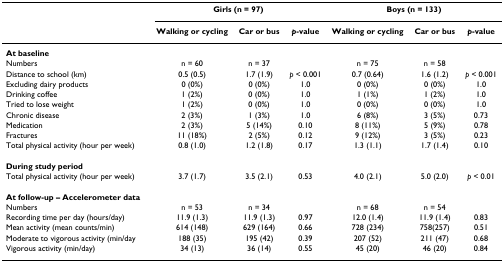
<table><thead><tr><td></td><td colspan="3"><b>Girls (n = 97)</b></td><td colspan="3"><b>Boys (n = 133)</b></td></tr><tr><td></td><td><b>Walking or cycling</b></td><td><b>Car or bus</b></td><td><b><i>p</i>-value</b></td><td><b>Walking or cycling</b></td><td><b>Car or bus</b></td><td><b><i>p</i>-value</b></td></tr></thead><tbody><tr><td><b>At baseline</b></td><td></td><td></td><td></td><td></td><td></td><td></td></tr><tr><td>Numbers</td><td>n = 60</td><td>n = 37</td><td></td><td>n = 75</td><td>n = 58</td><td></td></tr><tr><td>Distance to school (km)</td><td>0.5 (0.5)</td><td>1.7 (1.9)</td><td><i>p </i>&lt; 0.001</td><td>0.7 (0.64)</td><td>1.6 (1.2)</td><td><i>p </i>&lt; 0.001</td></tr><tr><td>Excluding dairy products</td><td>0 (0%)</td><td>0 (0%)</td><td>1.0</td><td>0 (0%)</td><td>0 (0%)</td><td>1.0</td></tr><tr><td>Drinking coffee</td><td>1 (2%)</td><td>0 (0%)</td><td>1.0</td><td>1 (1%)</td><td>1 (2%)</td><td>1.0</td></tr><tr><td>Tried to lose weight</td><td>1 (2%)</td><td>0 (0%)</td><td>1.0</td><td>0 (0%)</td><td>0 (0%)</td><td>1.0</td></tr><tr><td>Chronic disease</td><td>2 (3%)</td><td>1 (3%)</td><td>1.0</td><td>6 (8%)</td><td>3 (5%)</td><td>0.73</td></tr><tr><td>Medication</td><td>2 (3%)</td><td>5 (14%)</td><td>0.10</td><td>8 (11%)</td><td>5 (9%)</td><td>0.78</td></tr><tr><td>Fractures</td><td>11 (18%)</td><td>2 (5%)</td><td>0.12</td><td>9 (12%)</td><td>3 (5%)</td><td>0.23</td></tr><tr><td>Total physical activity (hour per week)</td><td>0.8 (1.0)</td><td>1.2 (1.8)</td><td>0.17</td><td>1.3 (1.1)</td><td>1.7 (1.4)</td><td>0.10</td></tr><tr><td><b>During study period</b></td><td></td><td></td><td></td><td></td><td></td><td></td></tr><tr><td>Total physical activity (hour per week)</td><td>3.7 (1.7)</td><td>3.5 (2.1)</td><td>0.53</td><td>4.0 (2.1)</td><td>5.0 (2.0)</td><td><i>p </i>&lt; 0.01</td></tr><tr><td><b>At follow-up – Accelerometer data</b></td><td></td><td></td><td></td><td></td><td></td><td></td></tr><tr><td>Numbers</td><td>n = 53</td><td>n = 34</td><td></td><td>n = 68</td><td>n = 54</td><td></td></tr><tr><td>Recording time per day (hours/day)</td><td>11.9 (1.3)</td><td>11.9 (1.3)</td><td>0.97</td><td>12.0 (1.4)</td><td>11.9 (1.4)</td><td>0.83</td></tr><tr><td>Mean activity (mean counts/min)</td><td>614 (148)</td><td>629 (164)</td><td>0.66</td><td>728 (234)</td><td>758(257)</td><td>0.51</td></tr><tr><td>Moderate to vigorous activity (min/day</td><td>188 (35)</td><td>195 (42)</td><td>0.39</td><td>207 (52)</td><td>211 (47)</td><td>0.68</td></tr><tr><td>Vigorous activity (min/day)</td><td>34 (13)</td><td>36 (14)</td><td>0.55</td><td>45 (20)</td><td>46 (20)</td><td>0.84</td></tr></tbody></table>